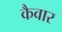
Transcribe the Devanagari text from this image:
कैवार